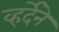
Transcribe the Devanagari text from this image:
व्हर्देने